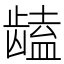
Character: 𱌻